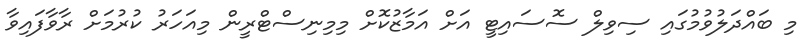
މި ބައްދަލުވުމުގައި ސިވިލް ސޮސައިޓީ އަށް އަމާޒުކޮށް މިމިނިސްޓްރީން މިއަހަރު ކުރުމަށް ރާވާފައިވާ